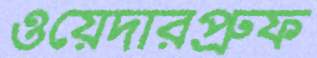
ওয়েদারপ্রুফ